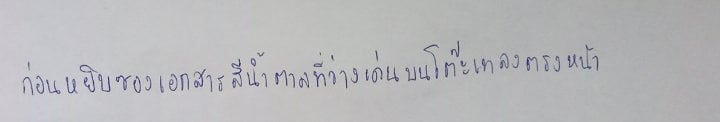
ก่อนหยิบซองเอกสารสีน้ำตาลที่วางเด่นบนโต๊ะเทลงตรงหน้า